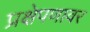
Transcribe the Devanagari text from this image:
प्रक्षेपणावर